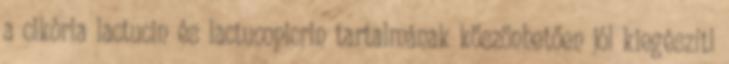
a cikória lactucin és lactucopicrin tartalmának köszönhetően jól kiegészíti